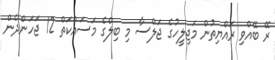
ރޭ ބޭއްވި ރައްޔިތުން މަޖިލީހުގެ ޖަލްސާ މި ބިލްގެ މަސައްކަތް 12 ޖަހަންދެން